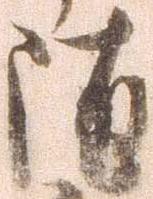
随